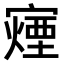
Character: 𫴍